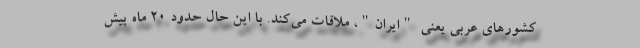
کشورهای عربی یعنی "ایران"، ملاقات می‌کند. با این حال حدود 20 ماه پیش